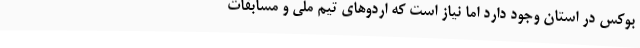
بوکس در استان وجود دارد اما نیاز است که اردوهای تیم ملی و مسابقات